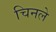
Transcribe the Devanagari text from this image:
चिनले